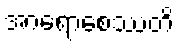
အာရောစေဿတိ